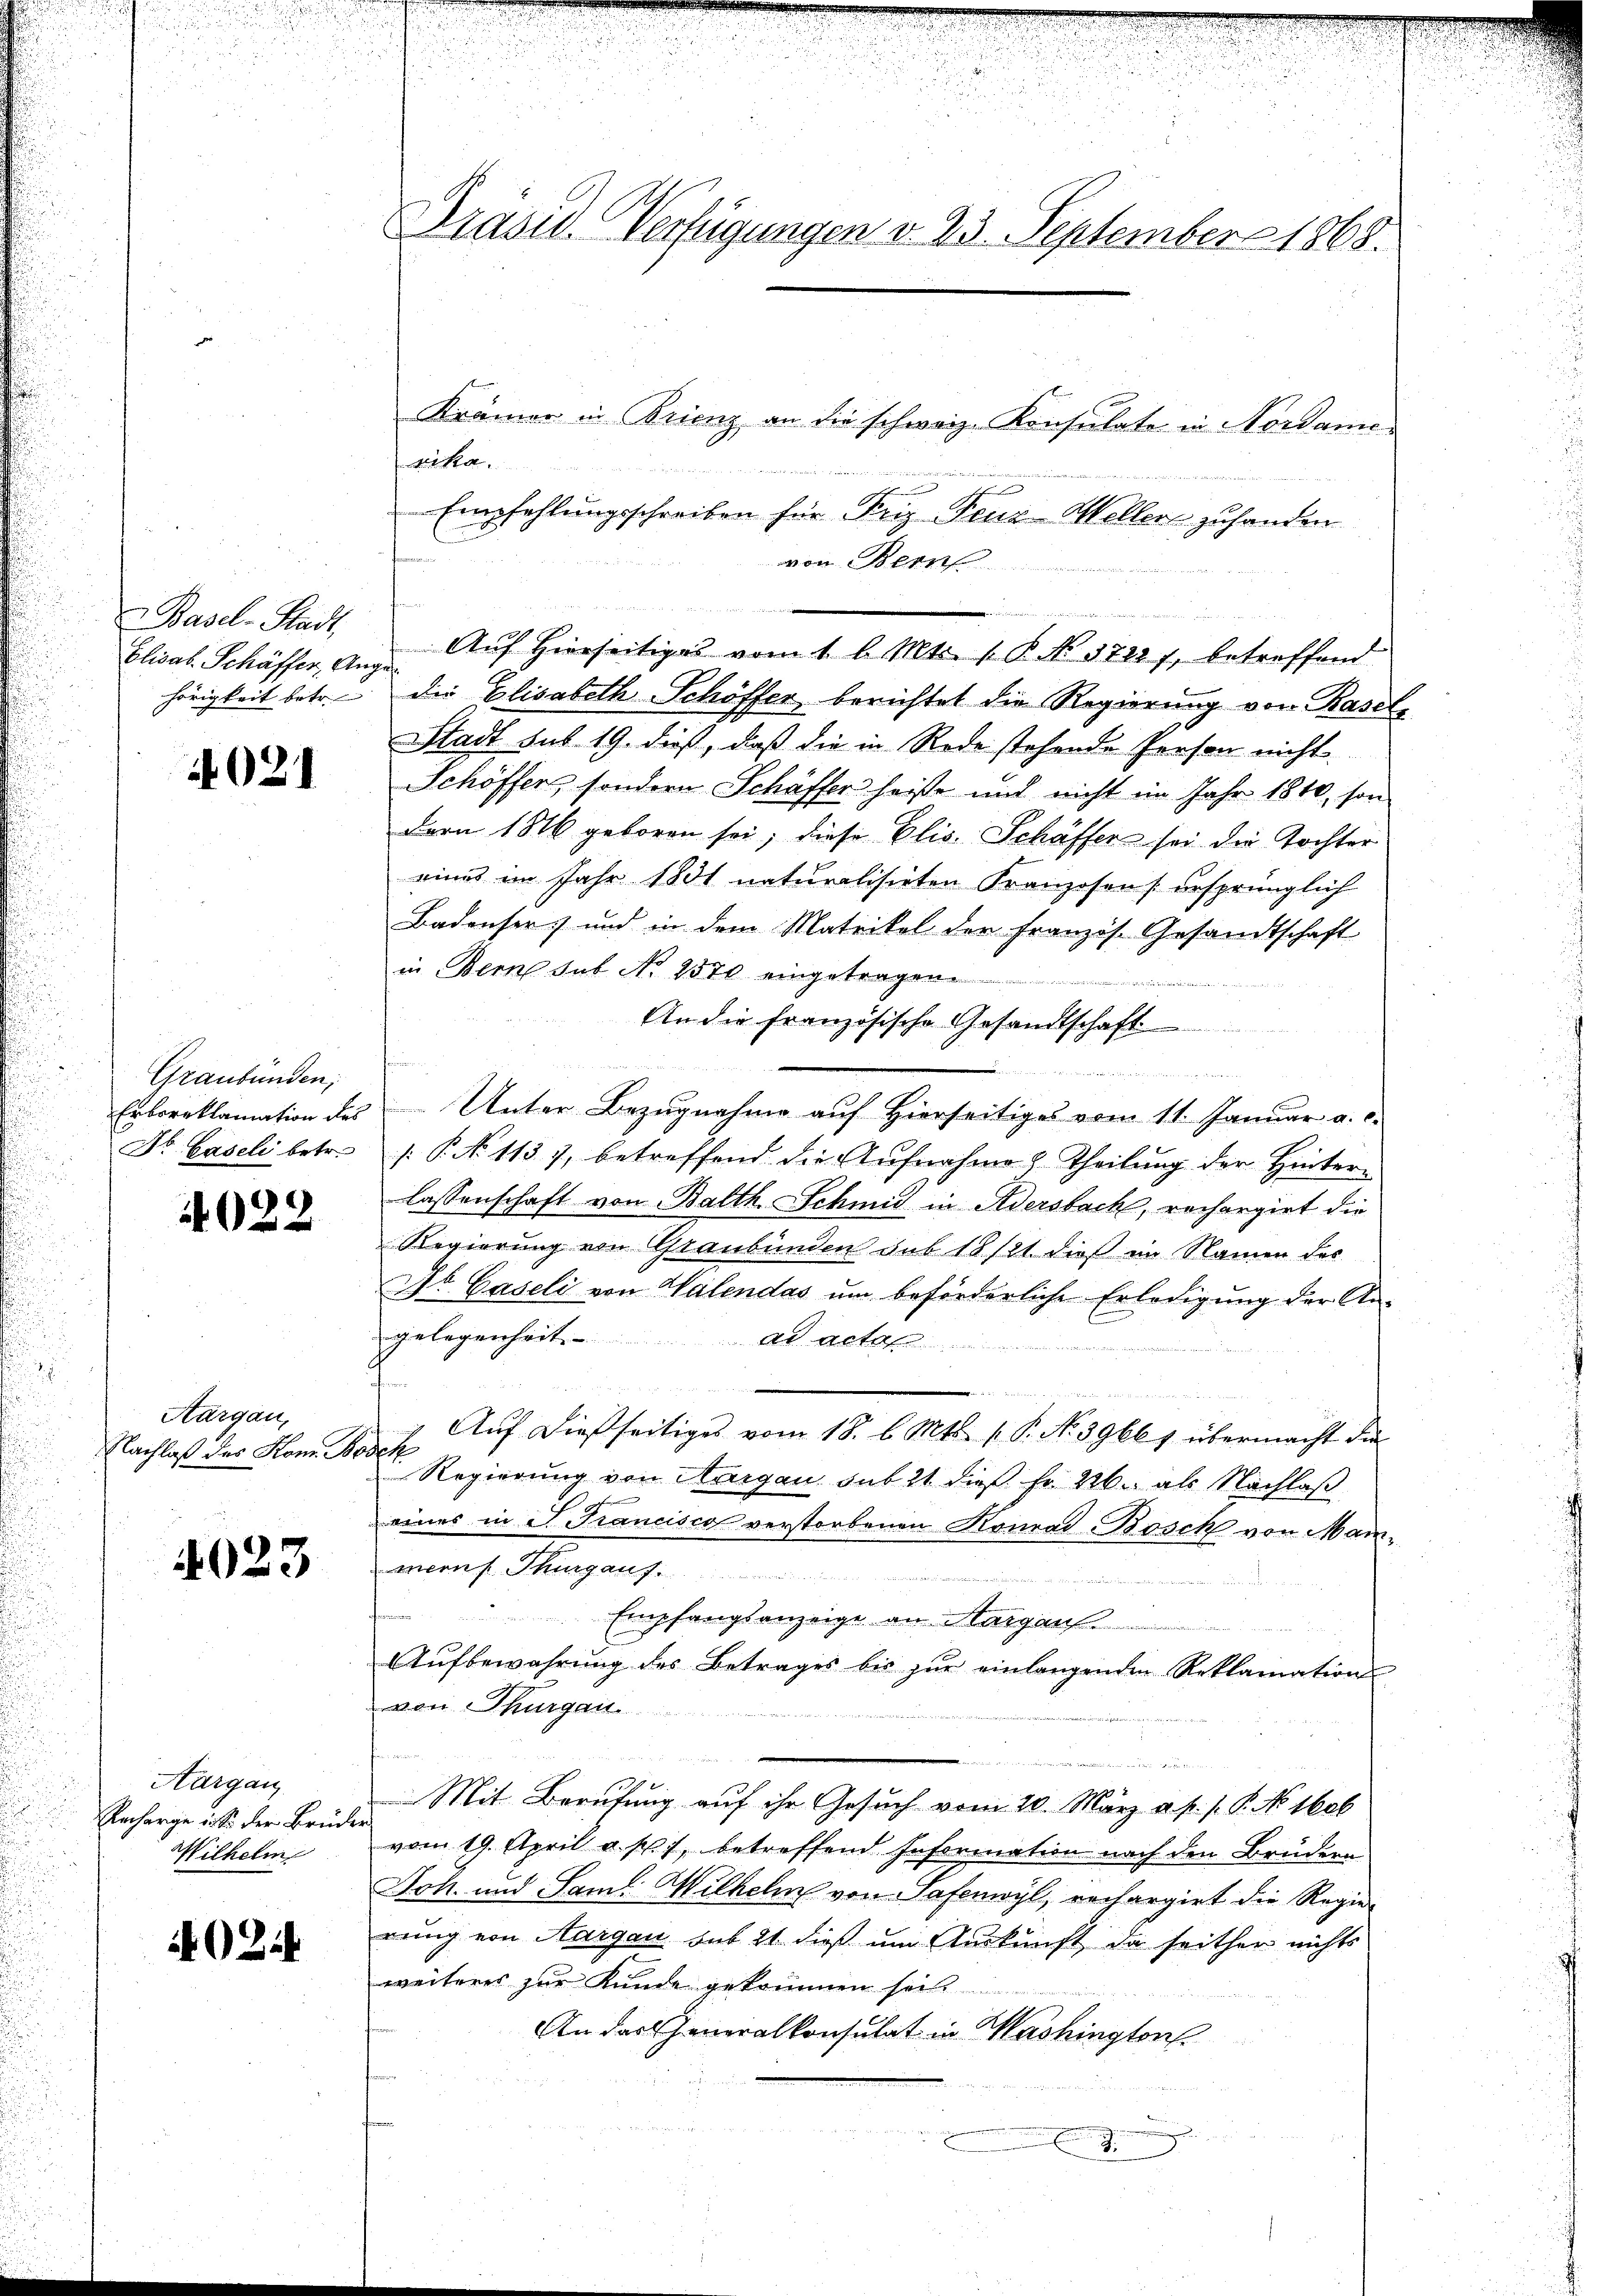
Basel-Stadt,
Elisab. Schäffer, Ange¬

4021

Graubünden;

4022

Aargau,
Nachlaß des Hom Bodek

4023

Aargau
Recharge in sei der Brüder
Wilhelm

40244

Brasis Verfügungen v. 23. September 1868.

Krämer in Brienz an die schweiz. Konsulate in Nordamesika
Empfehlungsschreiben für Friz Fenz-Wellers zuhanden
von Bern
hörigkeit betr. die Elisabeth Schöffer berichtet die Regierung von Basel,
Stadt sub 19. dieß, daß die in Rede stehende Person nicht
Schöffen, sondern Schäffer heiße und nicht im Jahr 1810, son
Bern 1816 geboren sei, diese Elis-Schäffer sei die Tochter
eines im Jahr 1881 naturalisirten Franzosens ursprünglich
Badensers und in dem Matrikel der französ. Gesandtschaft
in Bern sub No 2570 eingetragen.

An die französische Gesandtschaft

dten der
Erboreklamation des Unter Bezugnahme auf Hierseitiges vom 11. Januar a. c.
St. Gaseli betr. J. P. No 1137, betreffend die Aŭfnahme  Theilŭng der Hintere
lassenschaft von Balth. Schmid in Adersbach, rechargirt die
Regierung von Graubünden sub 18 121 dieß im Namen des
St. Gaseli von Valendas um beförderliche Erledigung der Angelegenheit.
ad acta
 e
Aŭf dießseitiges vom 18. b. Mts. v. P. No 39661 übermacht die
Regierung von Aargau sub 21 dieß fr. 226. als Nachlaß
eines in S. Francisco verstorbenen Konrad Bosch von Manmerns Thurgauf.

Empfangsanzeige an Margau
Aŭfbewahrung des Betrages bis zŭr einlangenden Reklamation
von Thurgau.
Mit Berufung auf ihr Gesuch vom 20. März a. p. P. P. No. 1606
vom 19. April a. p. 7, betreffend Information nach den Brüdern
Joh. und Saml. Wilhelm von Safenwyl, rechargirt die Regier
rung von Aargau sub 21 dieß um Auskunft, da seither nichts
weiteres zur Kunde gekommen sei.
An das Generalkonsulat in Washington
J.

Auf hierseitiges vom 1 l. Mts. 1 P. Nr. 17287, betreffend